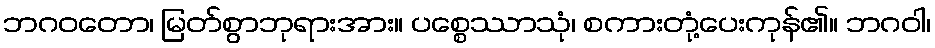
ဘဂဝတော၊ မြတ်စွာဘုရားအား။ ပစ္စေဿာသုံ၊ စကားတုံ့ပေးကုန်၏။ ဘဂဝါ၊